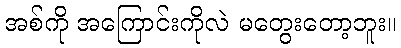
အစ်ကို အကြောင်းကိုလဲ မတွေးတော့ဘူး။